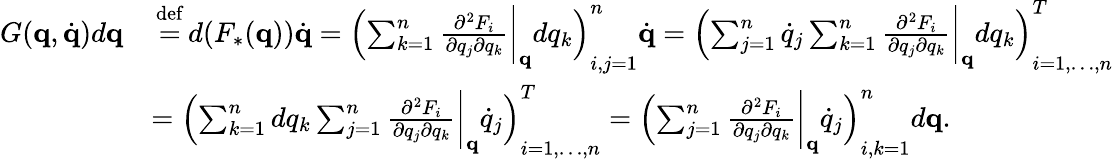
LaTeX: {\begin{array}{rl}{G(\mathbf{q},{\dot{\mathbf{q}}})d\mathbf{q}}&{\, {\stackrel{\mathrm{def}}{=}}\, d(F_{*}(\mathbf{q})){\dot{\mathbf{q}}}=\left(\sum_{k=1}^{n}{\frac{\partial^{2}F_{i}}{\partial q_{j}\partial q_{k}}}{\biggl|}_{\mathbf{q}}dq_{k}\right)_{i,j=1}^{n}{\dot{\mathbf{q}}}=\left(\sum_{j=1}^{n}{\dot{q}}_{j}\sum_{k=1}^{n}{\frac{\partial^{2}F_{i}}{\partial q_{j}\partial q_{k}}}{\biggl|}_{\mathbf{q}}dq_{k}\right)_{i=1,\ldots,n}^{T}}\\ &{=\left(\sum_{k=1}^{n}dq_{k}\sum_{j=1}^{n}{\frac{\partial^{2}F_{i}}{\partial q_{j}\partial q_{k}}}{\biggl|}_{\mathbf{q}}{\dot{q}}_{j}\right)_{i=1,\ldots,n}^{T}=\left(\sum_{j=1}^{n}{\frac{\partial^{2}F_{i}}{\partial q_{j}\partial q_{k}}}{\biggl|}_{\mathbf{q}}{\dot{q}}_{j}\right)_{i,k=1}^{n}d\mathbf{q}.}\end{array}}